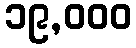
၁၉,၀၀၀